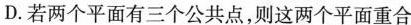
D. 若两个平面有三个公共点，则这两个平面重合